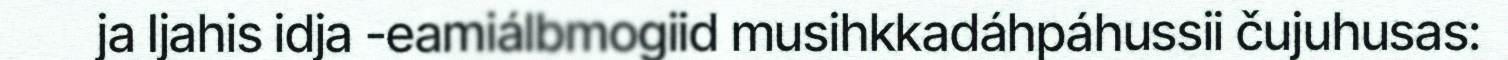
ja Ijahis idja -eamiálbmogiid musihkkadáhpáhussii čujuhusas: